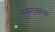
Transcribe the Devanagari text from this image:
तुरुंगावरचा